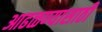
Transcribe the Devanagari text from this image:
आढळण्यासाठी